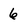
Character: 6